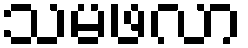
သမဖလာ